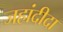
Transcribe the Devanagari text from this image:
जहांदीदा